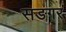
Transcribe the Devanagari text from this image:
सङगर